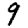
Digit: 9